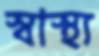
স্বাস্থ্য